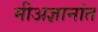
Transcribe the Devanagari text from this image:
मीअज्ञानांत